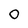
Character: 0